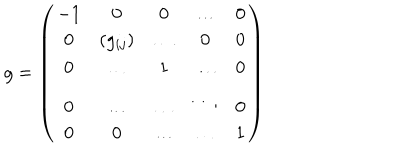
LaTeX: g = \left( \begin{array} { c c c c c } { { - 1 } } & { { 0 } } & { { 0 } } & { { \dots } } & { { 0 } } \\ { { 0 } } & { { ( g _ { i j } ) } } & { { \dots } } & { { 0 } } & { { 0 } } \\ { { 0 } } & { { \dots } } & { { 1 } } & { { \dots } } & { { 0 } } \\ { { 0 } } & { { \dots } } & { { \dots } } & { { \ddots } } & { { 0 } } \\ { { 0 } } & { { 0 } } & { { \dots } } & { { \dots } } & { { 1 } } \\ \end{array} \right)